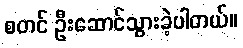
စတင် ဦးဆောင်သွားခဲ့ပါတယ်။